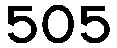
505